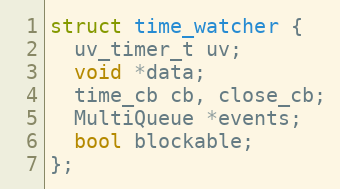
Language: C
struct time_watcher {
  uv_timer_t uv;
  void *data;
  time_cb cb, close_cb;
  MultiQueue *events;
  bool blockable;
};